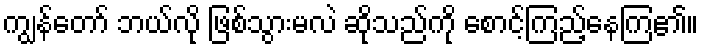
ကျွန်တော် ဘယ်လို ဖြစ်သွားမလဲ ဆိုသည်ကို စောင့်ကြည့်နေကြ၏။